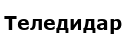
Теледидар